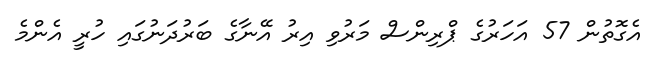
އެގޮތުން 57 އަހަރުގެ ޕްރިންސް މަރުވި އިރު އޭނާގެ ބަރުދަނުގައި ހުރީ އެންމެ